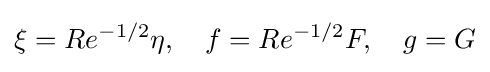
{\begin{aligned}\xi =Re^{-1/2}\eta ,\quad f=Re^{-1/2}F,\quad g=G\end{aligned}}